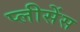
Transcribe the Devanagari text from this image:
प्लीसेंस